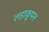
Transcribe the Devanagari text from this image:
लड़ाकूपन